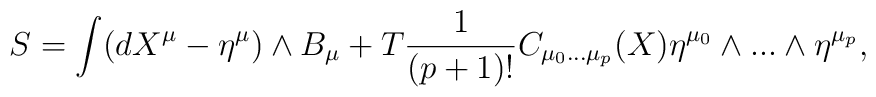
S =\int (dX^{\mu }-\eta ^{\mu })\wedge B_{\mu }+T\frac{1}{(p+1)!}C_{\mu _{0}...\mu _{p}}(X)\eta ^{\mu _{0}}\wedge...\wedge \eta ^{\mu _{p}},